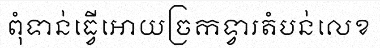
ពុំទាន់ធ្វើអោយច្រកទ្វារតំបន់លេខ